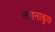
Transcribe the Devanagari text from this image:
लगनाकुछ